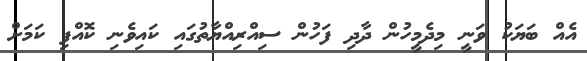
އެއް ބަޔަކު ވަނީ މިދެމީހުން ދާދި ފަހުން ސިއްރިއްޔާތުގައި ކައިވެނި ކޮއްފި ކަމަށް